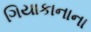
ગિયાકાનાના